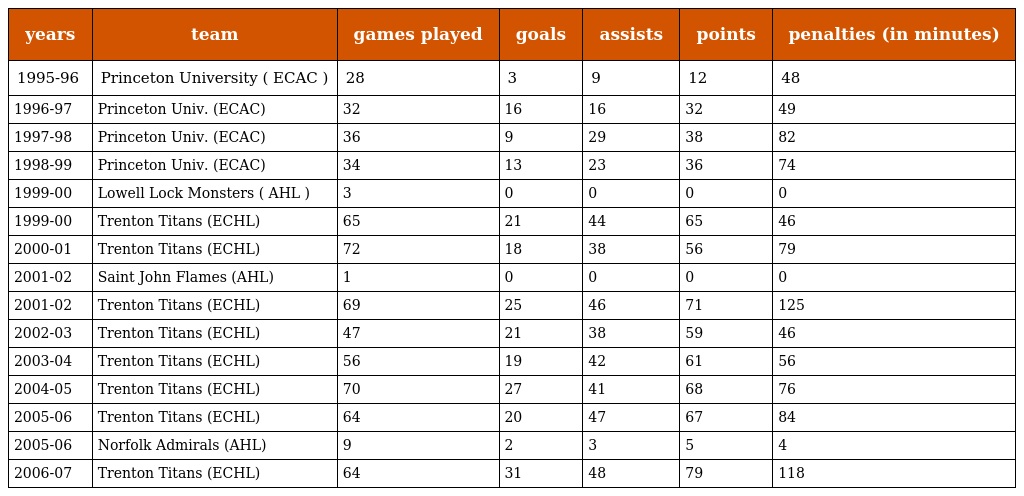
| years | team | games played | goals | assists | points | penalties (in minutes) |
 | --- | --- | --- | --- | --- | --- | --- |
 | 1995-96 | Princeton University ( ECAC ) | 28 | 3 | 9 | 12 | 48 |
 | 1996-97 | Princeton Univ. (ECAC) | 32 | 16 | 16 | 32 | 49 |
 | 1997-98 | Princeton Univ. (ECAC) | 36 | 9 | 29 | 38 | 82 |
 | 1998-99 | Princeton Univ. (ECAC) | 34 | 13 | 23 | 36 | 74 |
 | 1999-00 | Lowell Lock Monsters ( AHL ) | 3 | 0 | 0 | 0 | 0 |
 | 1999-00 | Trenton Titans (ECHL) | 65 | 21 | 44 | 65 | 46 |
 | 2000-01 | Trenton Titans (ECHL) | 72 | 18 | 38 | 56 | 79 |
 | 2001-02 | Saint John Flames (AHL) | 1 | 0 | 0 | 0 | 0 |
 | 2001-02 | Trenton Titans (ECHL) | 69 | 25 | 46 | 71 | 125 |
 | 2002-03 | Trenton Titans (ECHL) | 47 | 21 | 38 | 59 | 46 |
 | 2003-04 | Trenton Titans (ECHL) | 56 | 19 | 42 | 61 | 56 |
 | 2004-05 | Trenton Titans (ECHL) | 70 | 27 | 41 | 68 | 76 |
 | 2005-06 | Trenton Titans (ECHL) | 64 | 20 | 47 | 67 | 84 |
 | 2005-06 | Norfolk Admirals (AHL) | 9 | 2 | 3 | 5 | 4 |
 | 2006-07 | Trenton Titans (ECHL) | 64 | 31 | 48 | 79 | 118 |